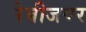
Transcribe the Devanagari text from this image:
रेबीजवर